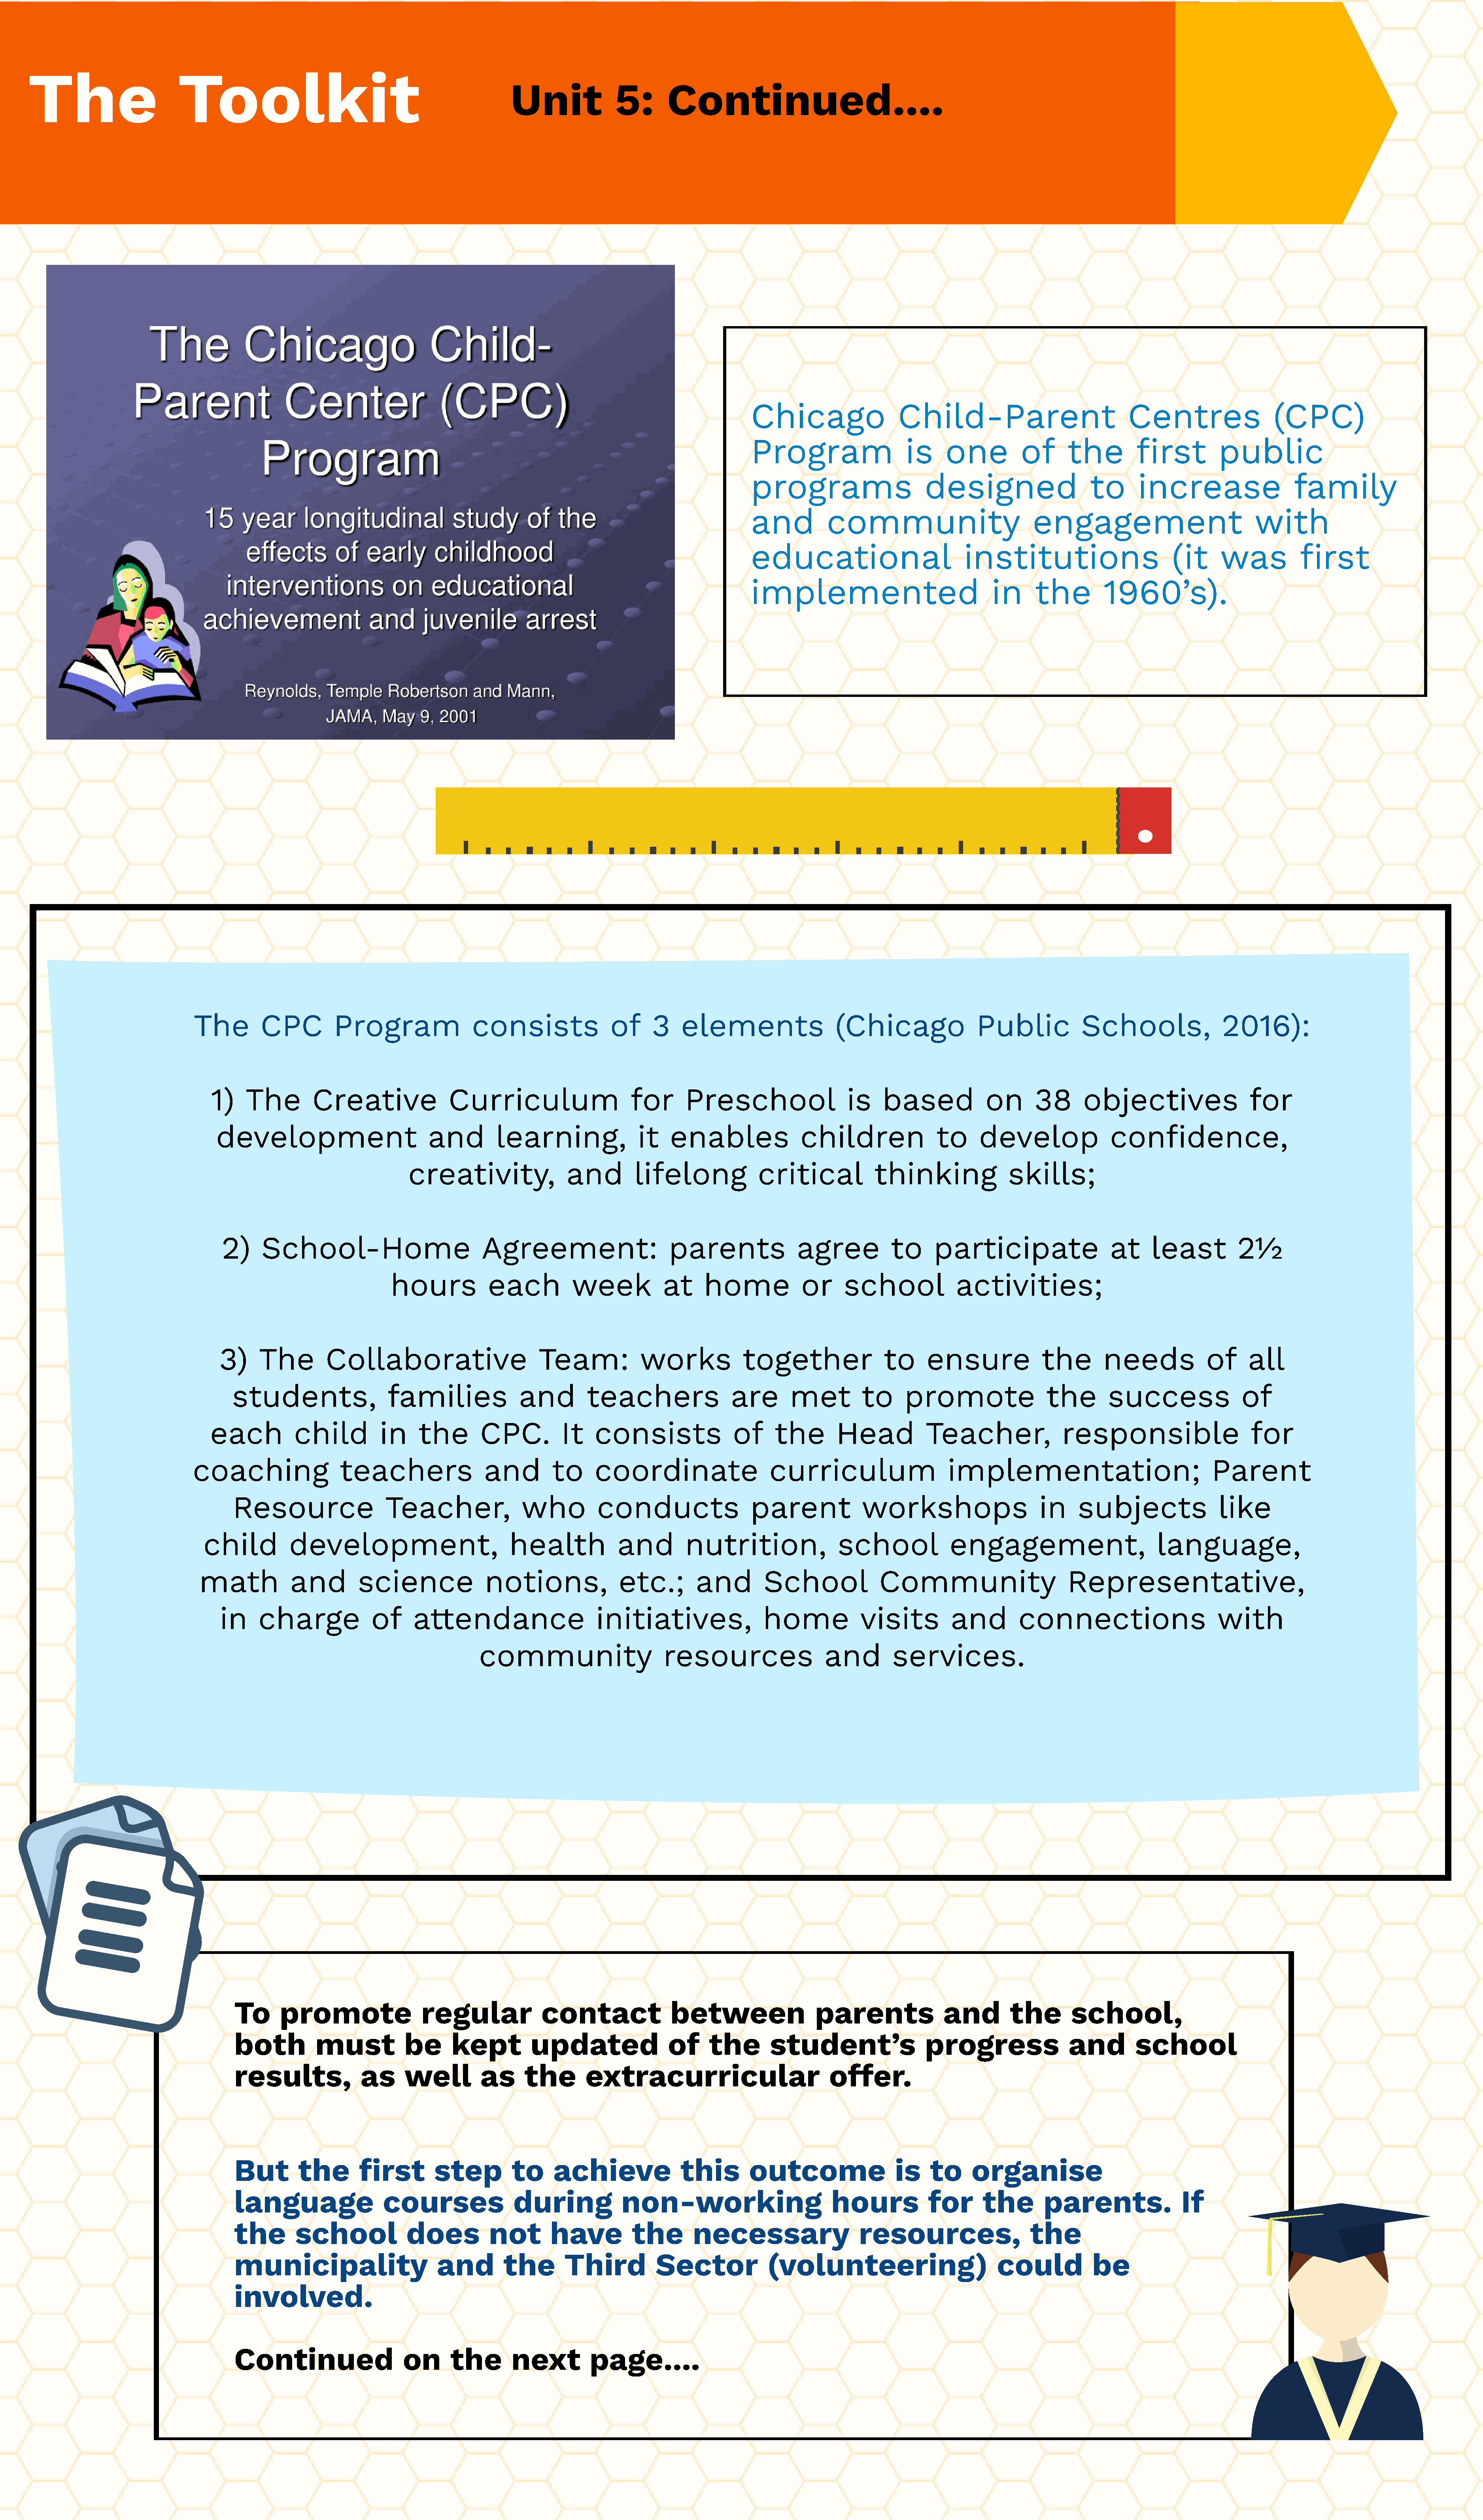
The                      Toolkit
 Unit              5:       Continued....
 Chicago                 Child-Parent                           Centres                 (CPC)
 Program                   is    one          of      the        first         public
 programs                     designed                   to      increase                   family
 and         community                          engagement                           with
 educational                        institutions                       (it     was           first
 implemented                             in     the         1960’s).
 The         CPC         Program                consists               of     3    elements                  (Chicago               Public            Schools,                2016):
 1)    The        Creative               Curriculum                     for      Preschool                  is    based            on      38      objectives                  for
 development                         and        learning,               it   enables               children               to     develop               confidence,
 creativity,                and        lifelong             critical           thinking               skills;
 2)     School-Home                          Agreement:                     parents              agree           to     participate                   at     least         2½
 hours            each          week           at     home            or     school             activities;
 3)    The        Collaborative                       Team:            works            together                to     ensure             the        needs            of     all
 students,                 families              and        teachers                are       met         to     promote                 the       success                of
 each          child          in    the       CPC.          It    consists               of     the       Head           Teacher,               responsible                    for
 coaching                 teachers                and        to      coordinate                   curriculum                    implementation;                             Parent
 Resource                 Teacher,               who          conducts                  parent            workshops                     in    subjects                like
 child         development,                         health            and         nutrition,               school             engagement,                        language,
 math            and        science              notions,               etc.;       and         School             Community                       Representative,
 in    charge             of     attendance                     initiatives,                home            visits         and        connections                       with
 community                      resources                  and        services.
 To      promote                regular              contact              between                 parents               and        the       school,
 both          must           be      kept         updated                of     the       student’s                 progress                and        school
 results,             as      well        as      the       extracurricular                          offer.
 But        the       first        step         to     achieve              this       outcome                  is    to     organise
 language                 courses               during            non-working                        hours           for      the        parents.               If
 the       school             does          not       have          the       necessary                   resources,                  the
 municipality                      and        the       Third           Sector            (volunteering)                         could           be
 involved.
 Continued                   on      the        next         page....